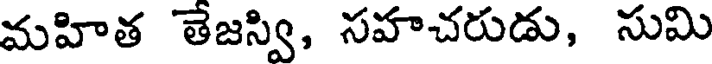
మహిత తేజస్వి, సహచరుడు, సుమి